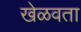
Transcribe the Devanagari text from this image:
खेळवता